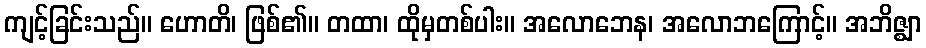
ကျင့်ခြင်းသည်။ ဟောတိ၊ ဖြစ်၏။ တထာ၊ ထိုမှတစ်ပါး။ အလောဘေန၊ အလောဘကြောင့်။ အဘိဇ္ဈာ